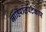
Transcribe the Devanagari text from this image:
जाहिरातपटकार